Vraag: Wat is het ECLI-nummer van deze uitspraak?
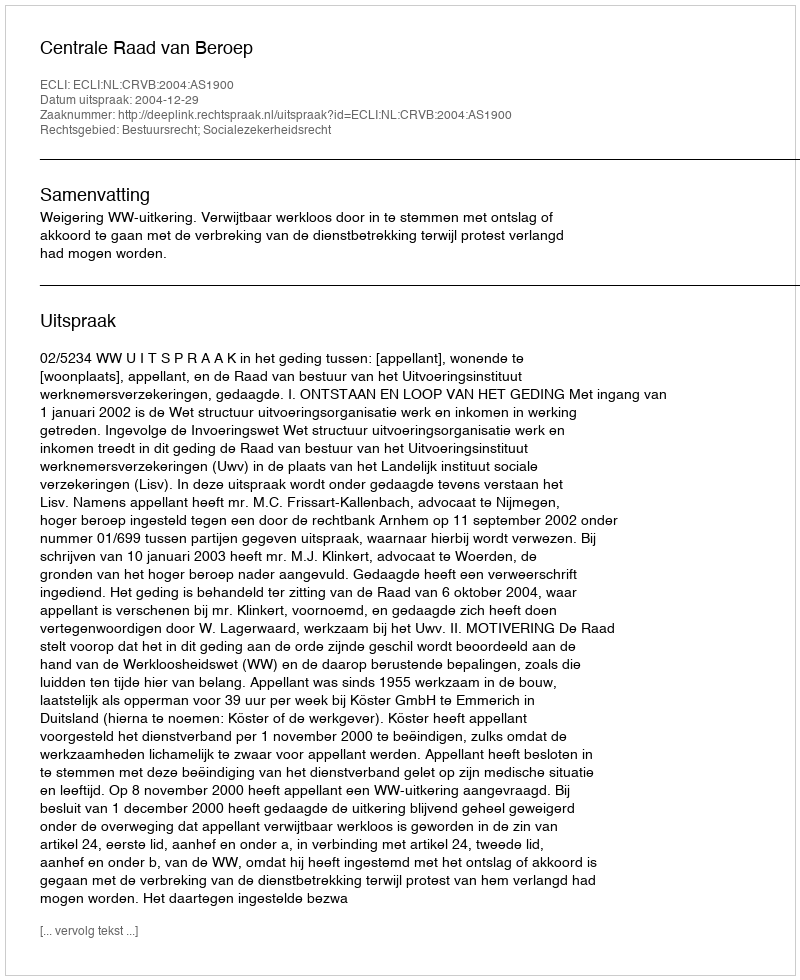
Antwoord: ECLI:NL:CRVB:2004:AS1900